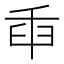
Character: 𦥛